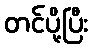
တင်ပို့ပြီး